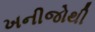
ખનીજોથી